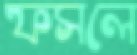
ফসলে